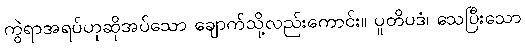
ကွဲရာအရပ်ဟုဆိုအပ်သော ချောက်သို့လည်းကောင်း။ ပူတိပဒံ၊ သေပြီးသော